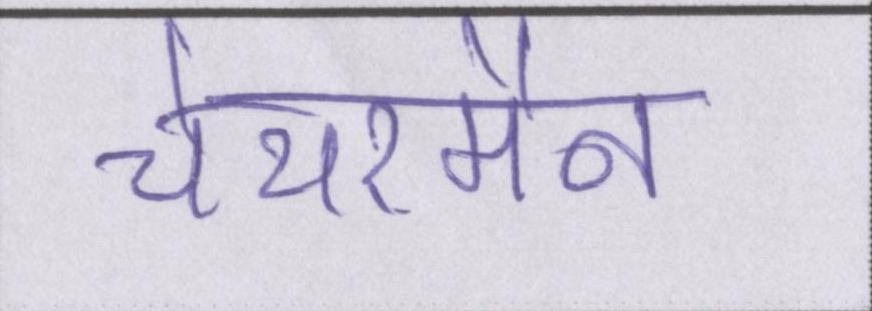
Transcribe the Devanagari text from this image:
चेयरमैन